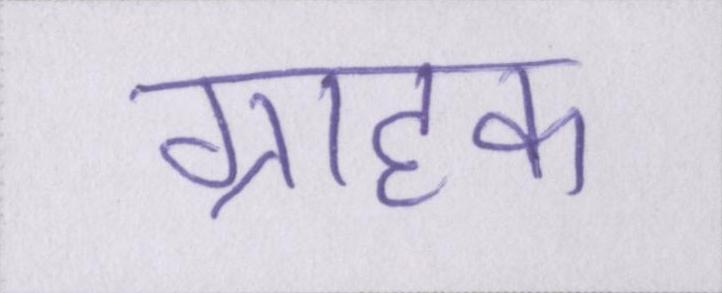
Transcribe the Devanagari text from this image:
ग्राहक